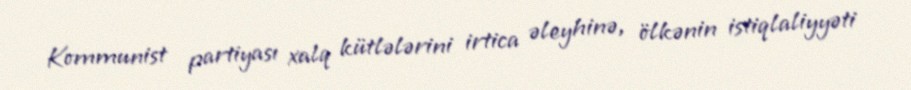
Kommunist partiyası xalq kütlələrini irtica əleyhinə, ölkənin istiqlaliyyəti